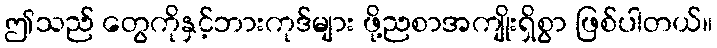
ဤသည် တွေကိုနှင့်ဘားကုဒ်များ ဖို့ညစာအကျိုးရှိစွာ ဖြစ်ပါတယ်။